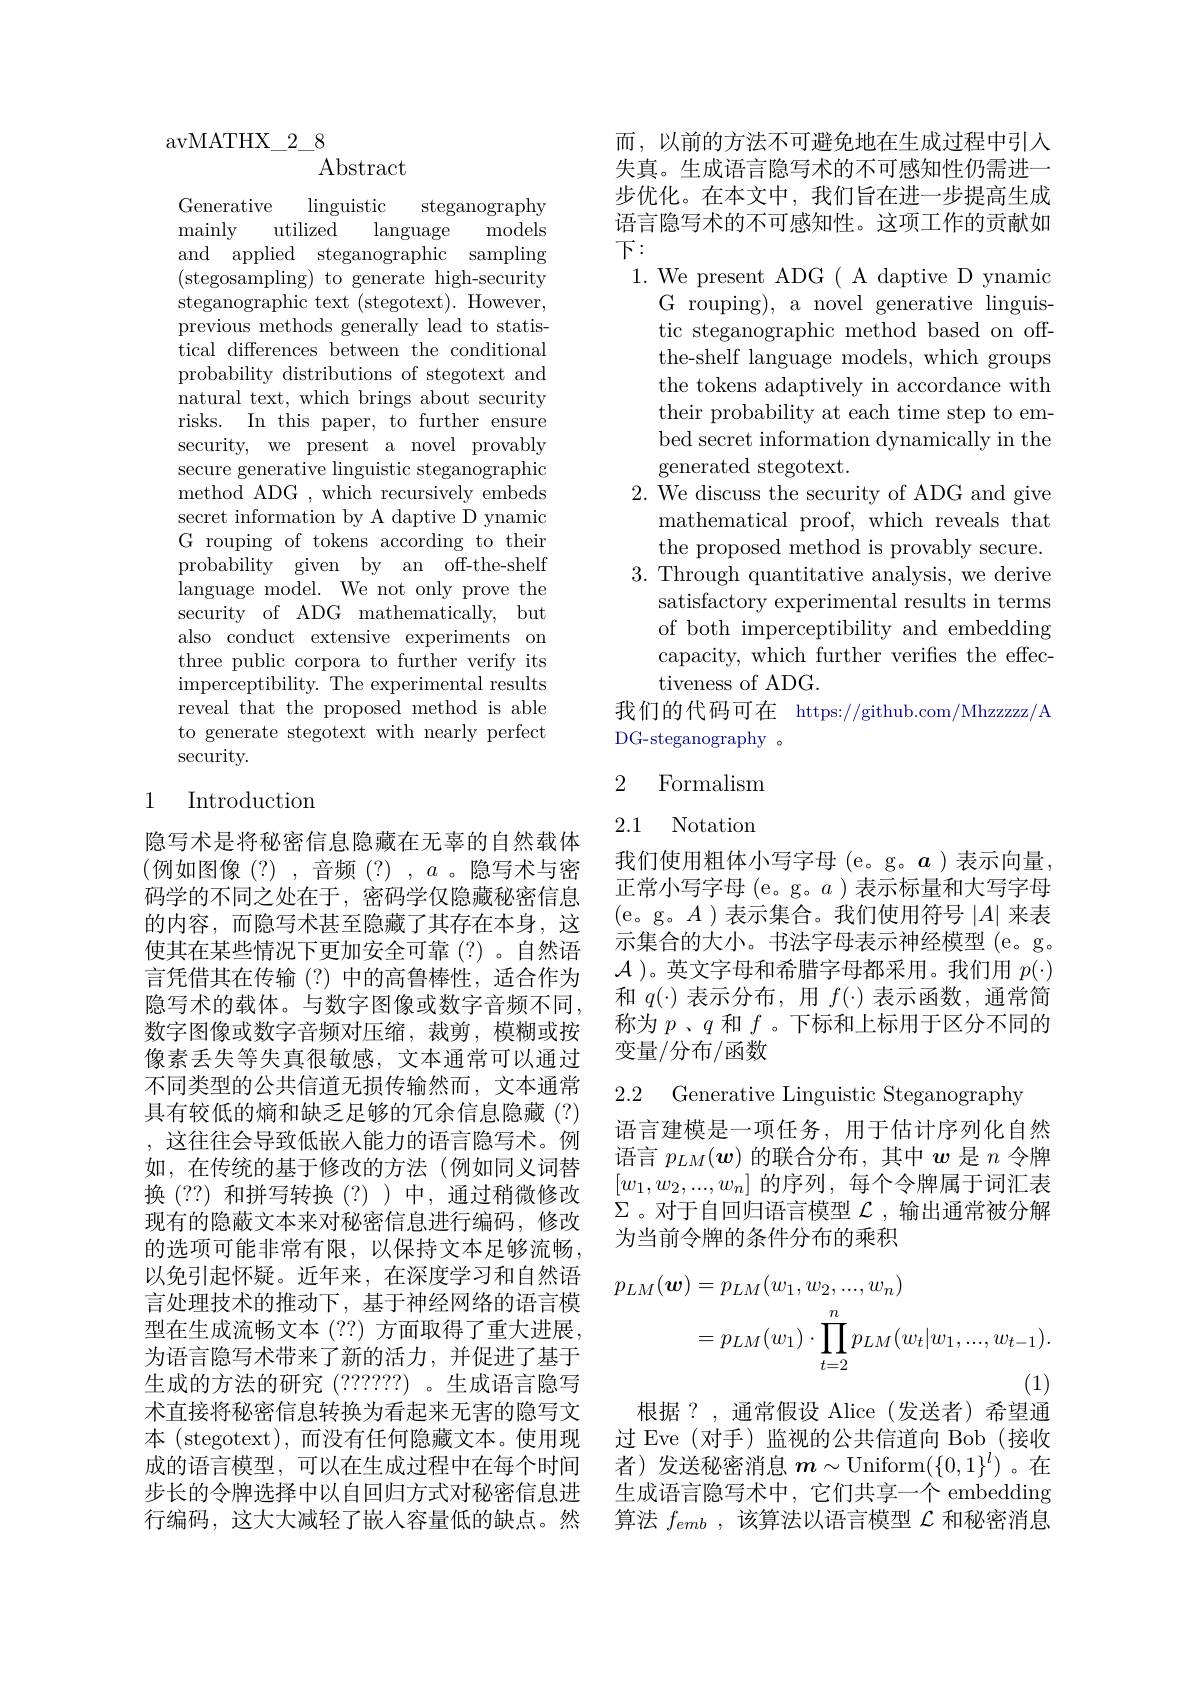
avMATHX$\_$2$\_$8

Abstract

Generative
$\operatorname{linguistic}$
steganography
mainly
utilized
models
language
and applied steganographic sampling (stegosampling) to generate high-security steganographic text (stegotext).However, previous methods generally lead to statistical differences between the conditional probability distributions of stegotext and natural text, which brings about security risks. In this paper, to further ensure security, we present a novel provably secure generative linguistic steganographic method ADG , which recursively embeds secret information by A daptive D ynamic G rouping of tokens according to their probability given by an off-the-shelf language model. We not only prove the security of ADG mathematically, but also conduct extensive experiments on three public corpora to further verify its imperceptibility. The experimental results reveal that the proposed method is able to generate stegotext with nearly perfect security.

## 1 Introduction

隐写术是将秘密信息隐藏在无辜的自然载体(例如图像(?),音频(?),a.隐写术与密码学的不同之处在于，密码学仅隐藏秘密信息的内容，而隐写术甚至隐藏了其存在本身，这使其在某些情况下更加安全可靠 (?)。自然语言凭借其在传输(?)中的高鲁棒性，适合作为隐写术的载体。与数字图像或数字音频不同， 数字图像或数字音频对压缩，裁剪，模糊或按像素丢失等失真很敏感，文本通常可以通过不同类型的公共信道无损传输然而，文本通常具有较低的熵和缺乏足够的冗余信息隐藏(?) ,这往往会导致低嵌入能力的语言隐写术。例如，在传统的基于修改的方法(例如同义词替换(??)和拼写转换(?))中，通过稍微修改现有的隐蔽文本来对秘密信息进行编码，修改的选项可能非常有限，以保持文本足够流畅， 以免引起怀疑。近年来，在深度学习和自然语言处理技术的推动下，基于神经网络的语言模型在生成流畅文本(??)方面取得了重大进展。为语言隐写术带来了新的活力，并促进了基于生成的方法的研究(??????) 。生成语言隐写术直接将秘密信息转换为看起来无害的隐写文本 (stegotext),而没有任何隐藏文本。使用现成的语言模型，可以在生成过程中在每个时间步长的令牌选择中以自回归方式对秘密信息进行编码，这大大减轻了嵌人容量低的缺点。然

而，以前的方法不可避免地在生成过程中引入失真。生成语言隐写术的不可感知性仍需进一步优化。在本文中，我们旨在进一步提高生成语言隐写术的不可感知性。这项工作的贡献如下：
1. We present ADG ( A daptive D ynamic
G rouping), a novel generative linguistic steganographic method based on offthe-shelf language models, which groups the tokens adaptively in accordance with their probability at each time step to embed secret information dynamically in the generated stegotext.
2. We discuss the security of ADG and give
mathematical proof, which reveals that the proposed method is provably secure.
3. Through quantitative analysis, we derive
satisfactory experimental results in terms of both imperceptibility and embedding capacity, which further verifies the effectiveness of ADG.
我们的代码可在 https://github.com/Mhzzzzz/A
DG-steganography 。

## 2 Formalism

2.1 Notation

我们使用粗体小写字母(e。g。$a$)表示向量， 正常小写字母 (e。g。$a$ )表示标量和大写字母(e。g。$A)$表示集合。我们使用符号$|A|$来表示集合的大小。书法字母表示神经模型(e。g。$\mathcal{A}$ )。英文字母和希腊字母都采用。我们用$p(\cdot)$ 和$q(\cdot)$表示分布，用$f(\cdot)$表示函数，通常简称为$p$ 、$q$和$f$ 。下标和上标用于区分不同的变量/分布/函数

2.2 Generative Linguistic Steganography

语言建模是一项任务，用于估计序列化自然语言$p_{LM}(\boldsymbol{w})$的联合分布，其中$w$是$n$令牌$[w_1,w_2,...,w_n]$的序列，每个令牌属于词汇表$\Sigma$。对于自回归语言模型$\mathcal{L}$,输出通常被分解为当前令牌的条件分布的乘积
$$\begin{aligned}p_{LM}(\boldsymbol{w})&=p_{LM}(w_{1},w_{2},...,w_{n})\\&=p_{LM}(w_{1})\cdot\prod_{t=2}^{n}p_{LM}(w_{t}|w_{1},...,w_{t-1}).\end{aligned}$$
根据？,通常假设 Alice(发送者)希望通

过 Eve (对手)监视的公共信道向 Bob (接收者)发送秘密消息$m\sim$Uniform$(\{0,1\}^l)$ 。在生成语言隐写术中，它们共享一个 embedding 算法$f_{emb}$ ,该算法以语言模型$\mathcal{L}$和秘密消息